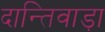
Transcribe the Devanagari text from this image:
दान्तिवाड़ा